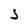
Character: 5